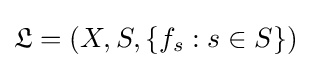
{\mathfrak {L}}=(X,S,\{f_{s}:s\in S\})